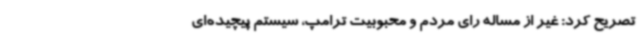
تصریح کرد: غیر از مساله رای مردم و محبوبیت ترامپ،‌ سیستم پیچیده‌ای